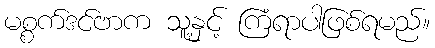
မစ္စက်ဒင်ဗာက သူ့နှင့် ကြံရာပါဖြစ်ရမည်။